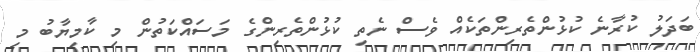
ބަދަލު ކުރާނެ ކުޅުންތެރިންތަކެއް ވެސް ނެތި ކުޅުންތެރިންގެ މަސައްކަތުން މި ކާމިޔާބު މި